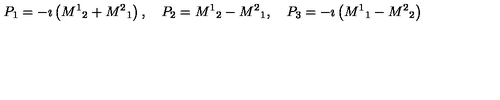
P _ { 1 } = - \imath \left( { M ^ { 1 } } _ { 2 } + { M ^ { 2 } } _ { 1 } \right) , \quad P _ { 2 } = { M ^ { 1 } } _ { 2 } - { M ^ { 2 } } _ { 1 } , \quad P _ { 3 } = - \imath \left( { M ^ { 1 } } _ { 1 } - { M ^ { 2 } } _ { 2 } \right)